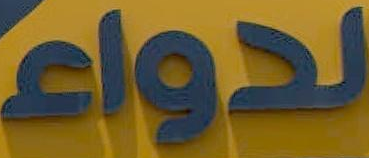
الدواء